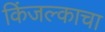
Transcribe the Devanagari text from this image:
किंजल्काचा